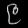
Digit: ၉